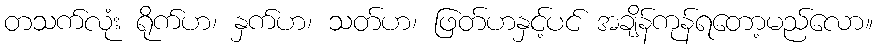
တသက်လုံး ရိုက်ဟ၊ နှက်ဟ၊ သတ်ဟ၊ ဖြတ်ဟနှင့်ပင် အချိန်ကုန်ရတော့မည်လော။